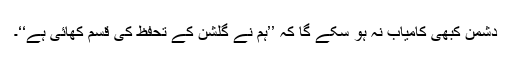
دشمن کبھی کامیاب نہ ہو سکے گا کہ ’’ہم نے گلشن کے تحفظ کی قسم کھائی ہے‘‘۔